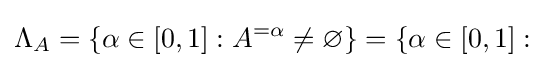
\Lambda _{A}=\{\alpha \in [0,1]:A^{=\alpha }\neq \varnothing \}=\{\alpha \in [0,1]:{}